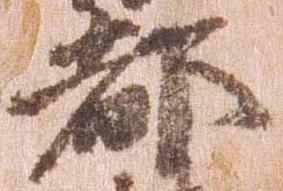
都